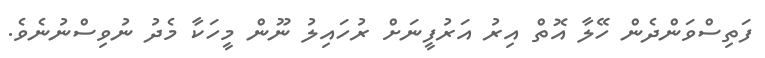
ފަތިސްވަންދެން ހޭލާ އޮތް އިރު އަރުފީނަށް ރުހައިލު ނޫން މީހަކާ މެދު ނުވިސްނުނެވެ.